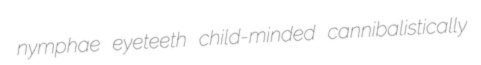
nymphae eyeteeth child-minded cannibalistically